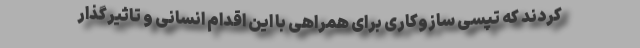
کردند که تپسی سازوکاری برای همراهی با این اقدام انسانی و تاثیرگذار